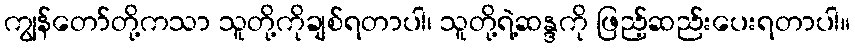
ကျွန်တော်တို့ကသာ သူတို့ကိုချစ်ရတာပါ၊ သူတို့ရဲ့ဆန္ဒကို ဖြည့်ဆည်းပေးရတာပါ။